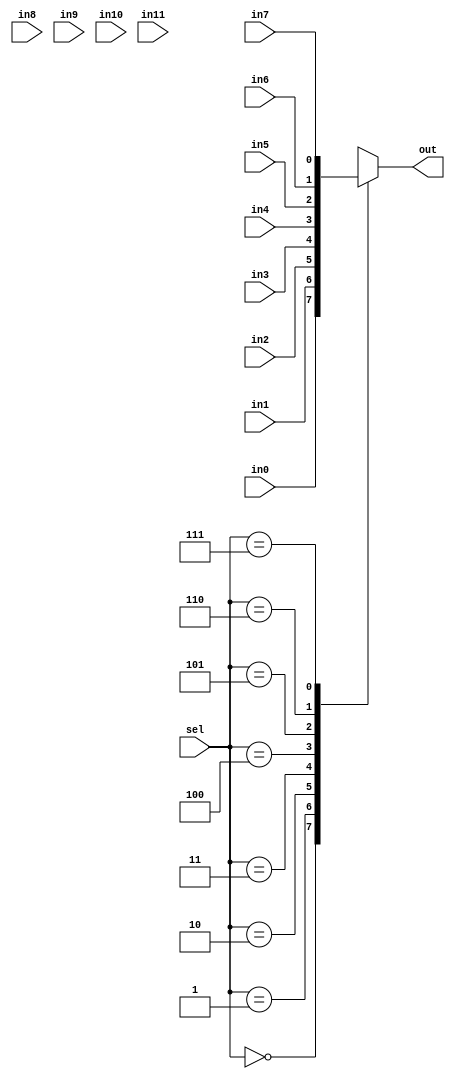
module Multiplexer12(out, in0, in1, in2, in3, in4, in5, in6, in7, in8, in9, in10, in11, sel);
  parameter WIDTH = 1;
  output reg [WIDTH-1:0] out;
  input [WIDTH-1:0] in0, in1, in2, in3, in4, in5, in6, in7, in8, in9, in10, in11;
  input [2:0] sel;
  
  always @ (*)
    case (sel)
      0 : out = in0;
      1 : out = in1;
      2 : out = in2;
      3 : out = in3;
      4 : out = in4;
      5 : out = in5;
      6 : out = in6;
      7 : out = in7;
      8 : out = in8;
      9 : out = in9;
      10 : out = in10;
      11 : out = in11;
    endcase
endmodule